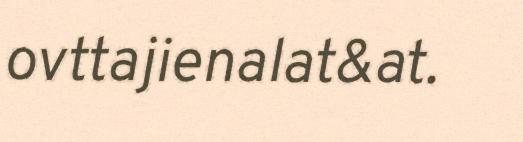
ovttajienalat&at.